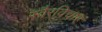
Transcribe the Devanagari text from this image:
स्वैरविचार